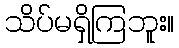
သိပ်မရှိကြဘူး။